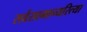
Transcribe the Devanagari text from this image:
सर्वसामान्यरित्या